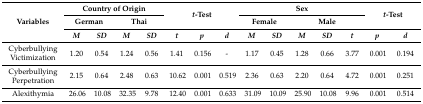
| <ROWSPAN=3> Variables | <COLSPAN=4> Country of Origin | <ROWSPAN=2-COLSPAN=3> t-Test | <COLSPAN=5> Sex | <ROWSPAN=2-COLSPAN=2> t-Test |
 | <COLSPAN=2> German | <COLSPAN=2> Thai | <COLSPAN=2> Female | <COLSPAN=3> Male |
 | M | SD | M | SD | t | p | d | M | SD | M | SD | t | p | d |
 | --- | --- | --- | --- | --- | --- | --- | --- | --- | --- | --- | --- | --- | --- | --- |
 | Cyberbullying Victimization | 1.20 | 0.54 | 1.24 | 0.56 | 1.41 | 0.156 | - | 1.17 | 0.45 | 1.28 | 0.66 | 3.77 | 0.001 | 0.194 |
 | Cyberbullying Perpetration | 2.15 | 0.64 | 2.48 | 0.63 | 10.62 | 0.001 | 0.519 | 2.36 | 0.63 | 2.20 | 0.64 | 4.72 | 0.001 | 0.251 |
 | Alexithymia | 26.06 | 10.08 | 32.35 | 9.78 | 12.40 | 0.001 | 0.633 | 31.09 | 10.09 | 25.90 | 10.08 | 9.96 | 0.001 | 0.514 |